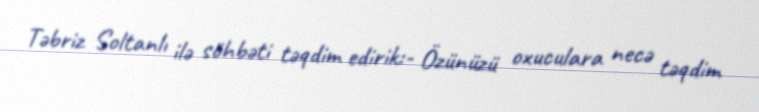
Təbriz Soltanlı ilə söhbəti təqdim edirik:- Özünüzü oxuculara necə təqdim